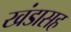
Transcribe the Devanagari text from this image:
खंडासह